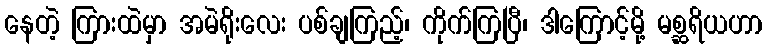
နေတဲ့ ကြားထဲမှာ အမဲရိုးလေး ပစ်ချကြည့်၊ ကိုက်ကြပြီ၊ ဒါကြောင့်မို့ မစ္ဆရိယဟာ